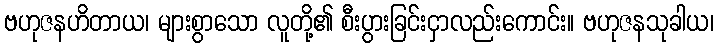
ဗဟုဇနဟိတာယ၊ များစွာသော လူတို့၏ စီးပွားခြင်းငှာလည်းကောင်း။ ဗဟုဇနသုခါယ၊